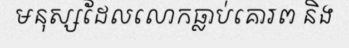
មនុស្សដែលលោកធ្លាប់គោរព និង